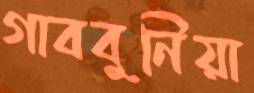
গাববুনিয়া